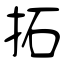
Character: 拓